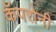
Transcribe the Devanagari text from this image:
कॅपरोनी